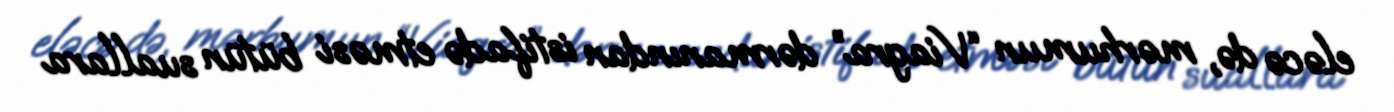
eləcə də, mərhumun “Viagra” dərmanından istifadə etməsi bütün suallara